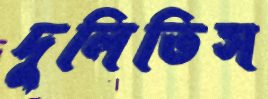
দুলিতিস